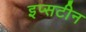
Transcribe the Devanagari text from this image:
इप्सटीन